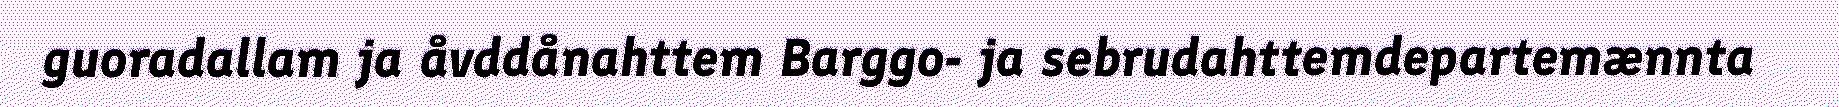
guoradallam ja åvddånahttem Barggo- ja sebrudahttemdepartemænnta